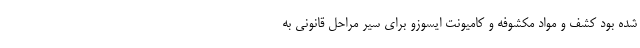
شده بود کشف و مواد مکشوفه و کامیونت ایسوزو برای سیر مراحل قانونی به